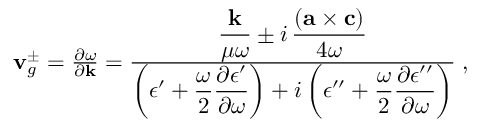
\begin{array} { r } { { \bf v } _ { g } ^ { \pm } = \frac { \partial \omega } { \partial { \bf k } } = \frac { \displaystyle \frac { { \bf k } } { \mu \omega } \pm i \, \frac { ( { \bf a \times c } ) } { 4 \omega } } { \displaystyle \left( \epsilon ^ { \prime } + \frac { \omega } { 2 } \frac { \partial \epsilon ^ { \prime } } { \partial \omega } \right) + i \left( \epsilon ^ { \prime \prime } + \frac { \omega } { 2 } \frac { \partial \epsilon ^ { \prime \prime } } { \partial \omega } \right) } \; , } \end{array}